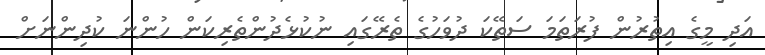
އަދި މީގެ އިތުރުން ފުރަތަމަ ސަތޭކަ ދުވަހުގެ ތެރޭގައި ނުކުޅެދުންތެރިކަން ހުންނަ ކުދިންނަށް